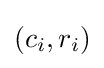
(c_{i},r_{i})